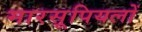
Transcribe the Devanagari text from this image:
मारसूपियलों